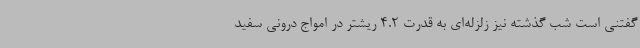
گفتنی است شب گذشته نیز زلزله‌ای به قدرت 4.2 ریشتر در امواج درونی سفید